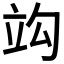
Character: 𥩞